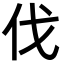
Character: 伐